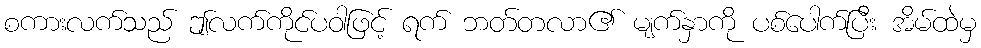
စကားလက်သည် ဤလက်ကိုင်ပဝါဖြင့် ရက် ဘတ်တလာ၏ မျက်နှာကို ပစ်ပေါက်ပြီး အိမ်ထဲမှ